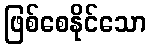
ဖြစ်စေနိုင်သော